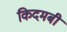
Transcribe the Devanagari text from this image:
किदमबी